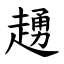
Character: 䞻